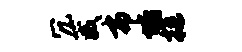
冗葳布垢挺